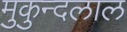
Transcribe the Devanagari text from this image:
मुकुन्दलाल